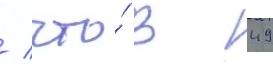
/ что́ в 49